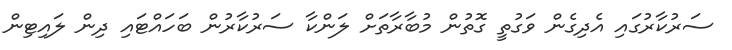
ސަރުކާރުގައި އެދިގެން ވަގުތީ ގޮތުން މުބާރާތަށް ލަންކާ ސަރުކާރުން ބަހައްޓައި ދިން ލައިޓިން